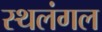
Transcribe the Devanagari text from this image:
स्थलंगल